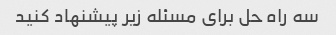
سه راه حل برای مسئله زیر پیشنهاد کنید